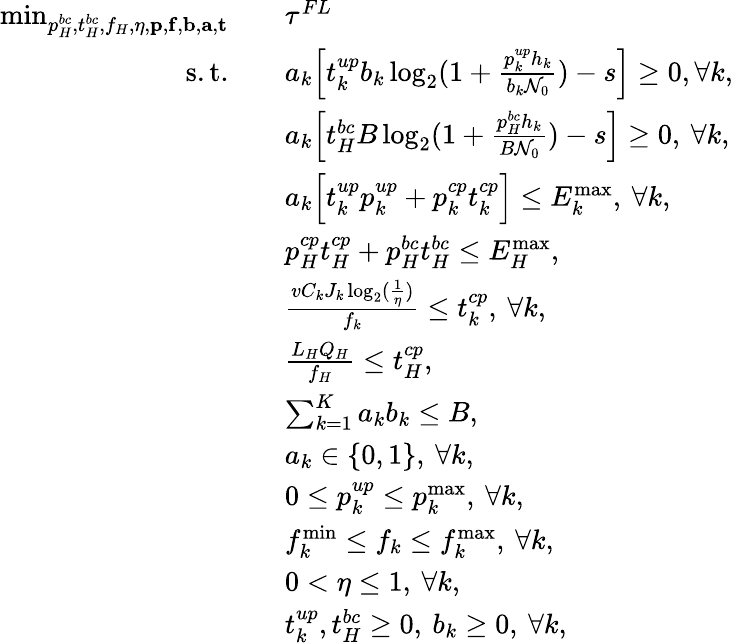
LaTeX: \begin{array}{rl}{\operatorname*{min}_{p_{H}^{bc},t_{H}^{bc},f_{H},\eta,\mathbf{p},\mathbf{f},\mathbf{b},\mathbf{a},\mathbf{t}}\quad}&{\tau^{FL}}\\ {\mathrm{s.t.}\quad}&{a_{k}\Big[t_{k}^{up}b_{k}\log_{2}(1+\frac{p_{k}^{up}h_{k}}{b_{k}\mathcal{N}_{0}})-s\Big]\geq 0,\forall k,}\\ &{a_{k}\Big[t_{H}^{bc}B\log_{2}(1+\frac{p_{H}^{bc}h_{k}}{B\mathcal{N}_{0}})-s\Big]\geq 0,\: \forall k,}\\ &{a_{k}\Big[t_{k}^{up}p_{k}^{up}+p_{k}^{cp}t_{k}^{cp}\Big]\leq E_{k}^{\operatorname*{max}},\: \forall k,}\\ &{p_{H}^{cp}t_{H}^{cp}+p_{H}^{bc}t_{H}^{bc}\leq E_{H}^{\operatorname*{max}},}\\ &{\frac{vC_{k}J_{k}\log_{2}(\frac{1}{\eta})}{f_{k}}\leq t_{k}^{cp},\: \forall k,}\\ &{\frac{L_{H}Q_{H}}{f_{H}}\leq t_{H}^{cp},}\\ &{\sum_{k=1}^{K}a_{k}b_{k}\leq B,}\\ &{a_{k}\in\{ 0,1\} ,\: \forall k,}\\ &{0\leq p_{k}^{up}\leq p_{k}^{\operatorname*{max}},\: \forall k,}\\ &{f_{k}^{\operatorname*{min}}\leq f_{k}\leq f_{k}^{\operatorname*{max}},\: \forall k,}\\ &{0<\eta\leq 1,\: \forall k,}\\ &{t_{k}^{up},t_{H}^{bc}\geq 0,\: b_{k}\geq 0,\: \forall k,}\end{array}